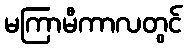
မကြာမီကာလတွင်